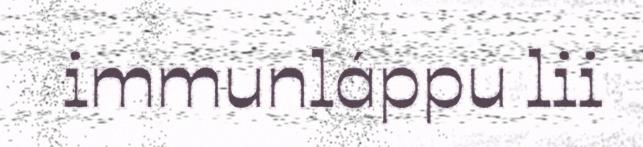
immunláppu lii